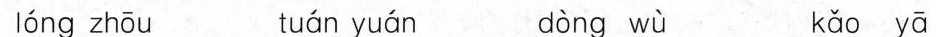
lóng zhōu tuán yuár dòng wù kǎo yā